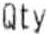
QTY